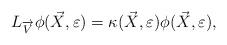
LaTeX: \begin{align*}L_{\overrightarrow V } \phi ( \vec {X}, \varepsilon) = \kappa( \vec{X}, \varepsilon) \phi ( \vec {X}, \varepsilon),\end{align*}